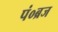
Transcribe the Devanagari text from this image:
पं०ब्रज